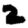
Digit: 2